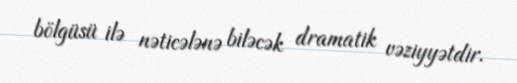
bölgüsü ilə nəticələnə biləcək dramatik vəziyyətdir.